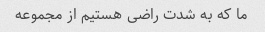
ما که به شدت راضی هستیم از مجموعه